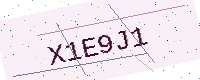
Text: X1E9J1